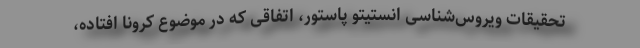
تحقیقات ویروس‌شناسی انستیتو پاستور، اتفاقی که در موضوع کرونا افتاده،